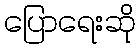
ပြောရေးဆို